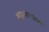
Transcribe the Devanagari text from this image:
लहानग्यांचा